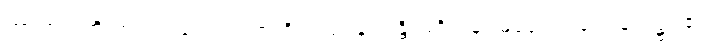
တာဏာ၊ ကိုးကွယ်လဲလျောင်းရာတို့သည်။ န သန္တိ၊ မရှိကုန်။ မရဏေ၊ သေခြင်း၌။ ဧတံ